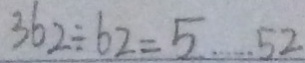
3 6 2 \div 6 2 = 5 \cdots 5 2